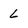
Character: 6